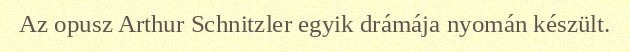
Az opusz Arthur Schnitzler egyik drámája nyomán készült.